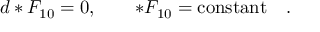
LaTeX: d * F _ { 1 0 } = 0 , \quad \quad * F _ { 1 0 } = \mathrm { c o n s t a n t } \quad .